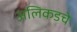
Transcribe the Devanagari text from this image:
अलिकडचे